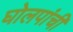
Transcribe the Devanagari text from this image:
घोलपांची